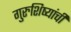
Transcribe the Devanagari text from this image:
गुरुशिष्यांची